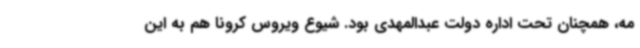
مه، همچنان تحت اداره دولت عبدالمهدی بود. شیوع ویروس کرونا هم به این